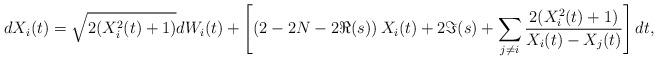
LaTeX: \begin{align*}dX_i(t)=\sqrt{2(X_i^2(t)+1)}dW_i(t)+\left[\left(2-2N-2\Re(s)\right)X_i(t)+2\Im(s)+\sum_{j\ne i}^{}\frac{2(X^2_i(t)+1)}{X_i(t)-X_j(t)}\right]dt,\end{align*}